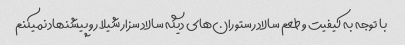
با توجه به کیفیت و طعم سالاد رستوران‌های دیگه سالاد سزار شیلا رو پیشنهاد نمیکنم